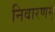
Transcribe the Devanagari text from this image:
निवारणम्